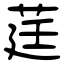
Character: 莛